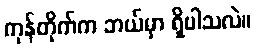
ကုန်တိုက်က ဘယ်မှာ ရှိပါသလဲ။